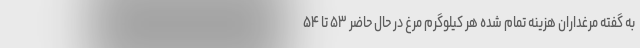
به گفته مرغداران هزینه تمام شده هر کیلوگرم مرغ در حال حاضر ۵۳ تا ۵۴